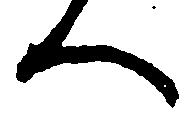
へ